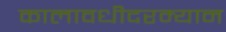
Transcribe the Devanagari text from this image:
कालावधीदरम्यान